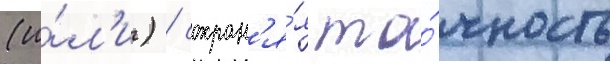
(и́л'и) / сохран'я́я то́чность